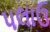
પલાઉ